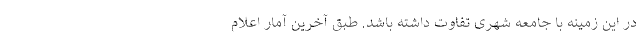
در این زمینه با جامعه شهری تفاوت داشته باشد. طبق آخرین آمار اعلام